Vaccination in Bombay 1902-1912 - 1902-1912
Year: 1902
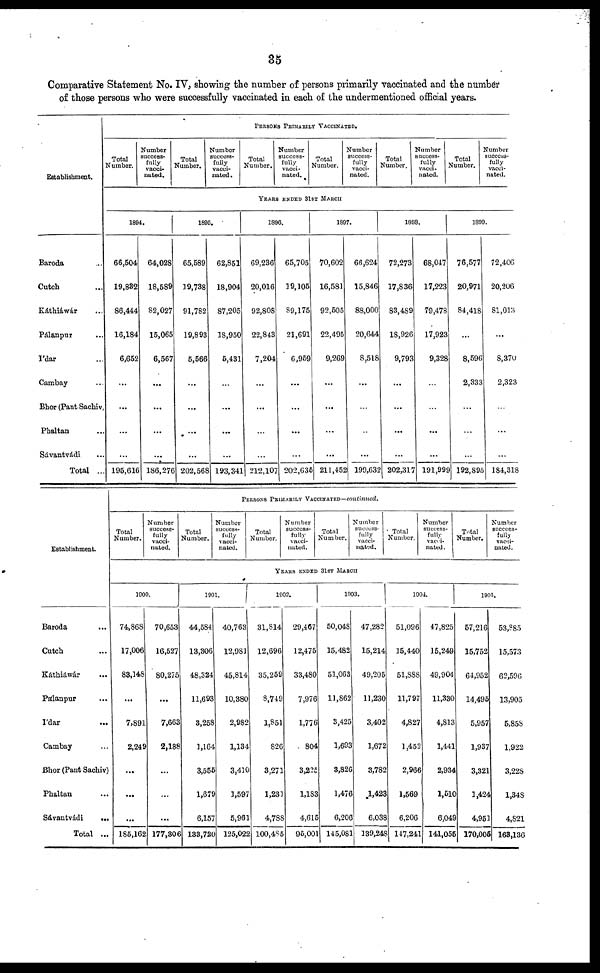
35
Comparative Statement No. IV, showing the number of persons primarily vaccinated and the number
of those persons who were successfully vaccinated in each of the undermentioned official years.
Establishment.
Baroda ...
Cutch ...
Káthiáwár ...
Pálanpur ...
Ídar ...
Cambay ...
Bhor (Pant Sachiv
Phaltan ...
Sávantvádi ...
Total ...
PERSONS PRIMARILY VACCINATED.
Total
Number.
Number
success-
fully
vacci-
nated.
Total
Number.
Number
success-
fully
vacci-
nated.
Total
Number.
Number
success-
fully
vacci-
nated.
Total
Number.
Number
success-
fully
vacci-
nated.
Total
Number.
Number
success-
fully
vacci-
nated.
Total
Number.
Number
success-
fully
vacci-
nated.
YEARS ENDED 31ST MARCH
1894.
66,504
19,832
86,444
16,184
6,652
...
...
...
...
195,616
64,028
18,589
82,027
15,065
6,567
...
...
...
...
186,276
1895.
65,589
19,738
91,782
19,893
5,566
...
...
...
...
202,568
62,851
18,904
87,205
18,950
5,431
...
...
...
...
193,341
1896.
69,236
20,016
92,808
22,843
7,204
...
...
...
...
212,101
65,705
19,105
89,175
21,691
6,959
...
...
...
...
202,635
1897.
70,602
16,581
92,505
22,495
9,269
...
...
...
...
211,452
66,624
15,846
88,000
20,644
8,518
...
...
...
...
199,632
1898.
72,273
17,836
83,489
18,926
9,793
...
...
...
...
202,317
68,047
17,223
79,478
17,923
9,328
...
...
...
...
191,999
1899.
76,577
20,971
84,418
...
8,596
2,333
...
...
...
192,895
72,406
20,206
81,013
...
8,370
2,323
...
...
...
184,318
Establishment.
Baroda ...
Cutch ...
Káthiáwár ...
Pálanpur ...
Ídar
...
Cambay ...
Bhor (Pant Sachiv)
Phaltan ...
Sávantvádi
...
Total ...
PERSONS PRIMARILY VACCINATED—continued.
Total
Number.
Number
success-
fully
vacci-
nated.
Total
Number.
Number
success-
fully
vacci-
nated.
Total
Number.
Number
success-
fully
vacci-
nated.
Total
Number.
Number
success-
fully
vacci-
nated.
Total
Number.
Number
success-
fully
vacvi-
nated.
Total
Number.
Number
succees-
fully
vacci-
nated.
YEARS ENDED 31ST MARCH
1900.
74,868
17,006
83,148
...
7,891
2,249
...
...
...
185,162
70,653
16,527
80,275
...
7,663
2,188
...
...
...
177,306
1901.
44,584
13,306
48,324
11,693
3,258
1,164
3,555
1,679
6,157
133,720
40,763
12,981
45,814
10,380
2,982
1,134
3,410
1,597
5,961
125,022
1902.
31,814
12,696
35,259
8,749
1,851
826
3,271
1,231
4,788
100,485
29,467
12,475
33,480
7,976
1,776
804
3,225
1,183
4,615
95,001
1903.
50,048
15,482
51,063
11,862
3,425
1,693
3,826
1,476
6,206
145,081
47,282
15,214
49,205
11,230
3,402
1,672
3,782
1,423
6,038
139,248
1904.
51,096
15,440
51,888
11,797
4,827
1,452
2,966
1,569
6,206
147,241
47,825
15,249
49,904
11,330
4,813
1,441
2,934
1,510
6,042
141,055
1905.
57,216
15,752
64,952
14,495
5,957
1,937
3,321
1,424
4,951
170,005
53,885
15,573
62,596
13,905
5,858
1,922
3,228
1,348
4,821
163,136